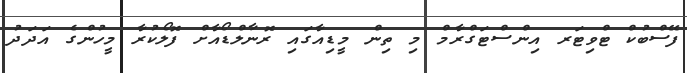
ފޭސްބުކް ޓްވިޓަރ އިންސްޓަގްރާމް މި ތިން މީޑިއާގައި ރޮނާލްޑޯއާށް ފޮލޯކުރާ މީހުންގެ އަދަދު